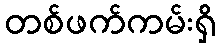
တစ်ဖက်ကမ်းရှိ